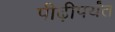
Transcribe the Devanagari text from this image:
पीढ़ीपर्यंत